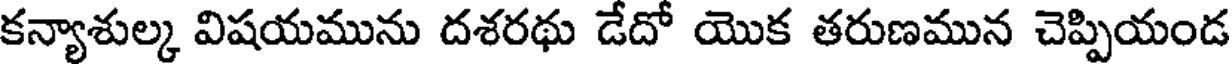
కన్యాశుల్క విషయమును దశరథు డేదో యొక తరుణమున చెప్పియండ